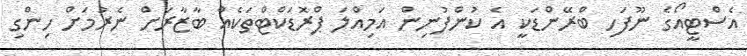
އެސްޓީއޯގެ ނޫފަހި ބްރޭންޑަކީ އެ ކުންފުނިން އަމިއްލަ ޕްރޮޑަކްޓްތަކެއް ބާޒާރަށް ނެރުމަށް ހިންގި